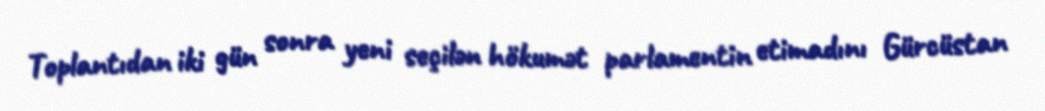
Toplantıdan iki gün sonra yeni seçilən hökumət parlamentin etimadını Gürcüstan